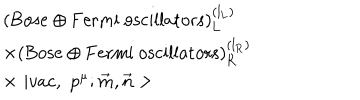
\begin{array} { l } { { ( \mathrm { { B o s e } \oplus { F e r m i \ o s c i l l a t o r s } ) _ { L } ^ { \left( l _ { L } \right) } } } } \\ { { \times ( \mathrm { { B o s e } \oplus { F e r m i \ o s c i l l a t o r s } ) _ { R } ^ { \left( l _ { R } \right) } } } } \\ { { \times \, \, | v a c , \, \, p ^ { \mu } ; \vec { m } , \vec { n } > } } \\ \end{array}